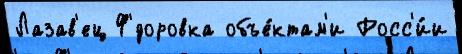
Лазав'ец Ф'́доровка объе́ктам'и Росс'и́и